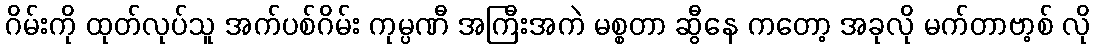
ဂိမ်းကို ထုတ်လုပ်သူ အက်ပစ်ဂိမ်း ကုမ္ပဏီ အကြီးအကဲ မစ္စတာ ဆွီနေ ကတော့ အခုလို မက်တာဗာ့စ် လို